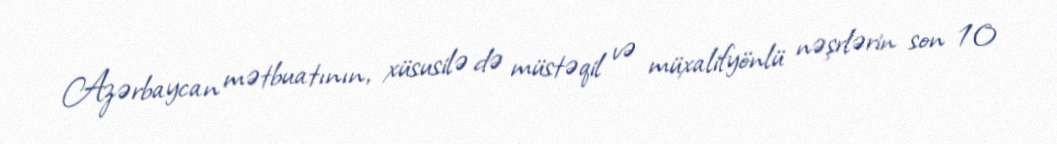
Azərbaycan mətbuatının, xüsusilə də müstəqil və müxalifyönlü nəşrlərin son 10